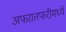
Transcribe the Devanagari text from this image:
अफरातफरीमध्ये